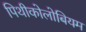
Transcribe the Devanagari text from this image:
पिथीकोलोबियम